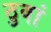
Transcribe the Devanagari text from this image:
ठुवां